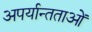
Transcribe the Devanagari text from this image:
अपर्यान्तताओं